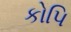
કોપિ